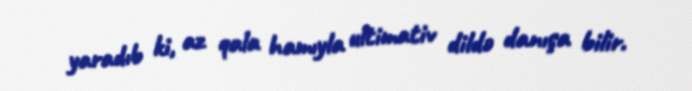
yaradıb ki, az qala hamıyla ultimativ dildə danışa bilir.